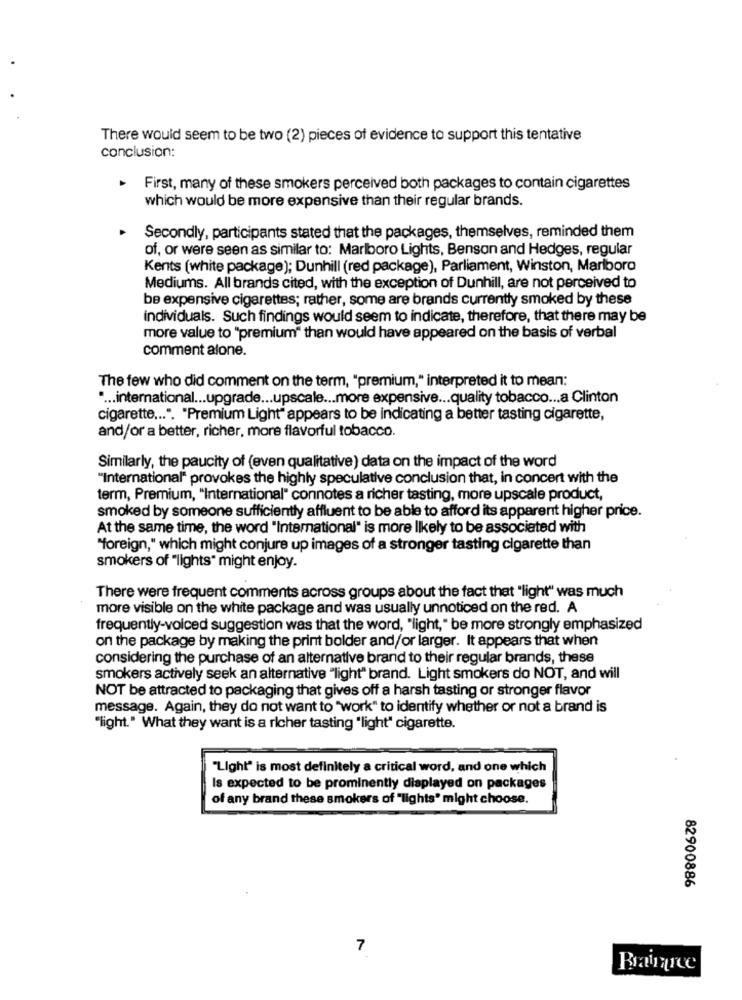
There would seem to be two (2) pieces of evidence to support this tentative
conclusion:
First, many of these smokers perceived both packages to contain cigarettes
which would be more expensive than their regular brands.
Secondly, participants stated that the packages, themselves, reminded them
of, or were seen as similar to: Marlboro Lights, Benson and Hedges, regular
Kents (white package); Dunhill (red package), Parliament, Winston, Marlboro
Mediums. All brands cited, with the exception of Dunhill, are not perceived to
be expensive cigarettes; rather, some are brands currently smoked by these
individuals. Such findings would seem to indicate, therefore, that there may be
more value to "premium" than would have appeared on the basis of verbal
comment alone.
The few who did comment on the term, "premium," interpreted it to mean:
.... international ... upgrade ... upscale ... more expensive ... quality tobacco ... a Clinton
cigarette ... ". "Premium Light" appears to be indicating a better tasting cigarette,
and/or a better, richer, more flavorful tobacco.
Similarly, the paucity of (even qualitative) data on the impact of the word
"International" provokes the highly speculative conclusion that, in concert with the
term, Premium, "International" connotes a richer tasting, more upscale product,
smoked by someone sufficiently affluent to be able to afford its apparent higher price.
At the same time, the word "International" is more likely to be associated with
"foreign," which might conjure up images of a stronger tasting cigarette than
smokers of "lights" might enjoy.
There were frequent comments across groups about the fact that "light" was much
more visible on the white package and was usually unnoticed on the red. A
frequently-voiced suggestion was that the word, "light," be more strongly emphasized
on the package by making the print bolder and/or larger. It appears that when
considering the purchase of an alternative brand to their regular brands, these
smokers actively seek an alternative "light" brand. Light smokers do NOT, and will
NOT be attracted to packaging that gives off a harsh tasting or stronger flavor
message. Again, they do not want to "work" to identify whether or not a brand is
"light." What they want is a richer tasting "light" cigarette.
"Light" is most definitely a critical word, and one which
Is expected to be prominently displayed on packages
of any brand these smokers of "lights" might choose.
82900886
7
Braince